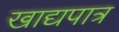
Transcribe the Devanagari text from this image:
खाद्यपात्र